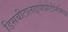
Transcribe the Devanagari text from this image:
डिसबीटालाइपोप्रोटीनेमिया